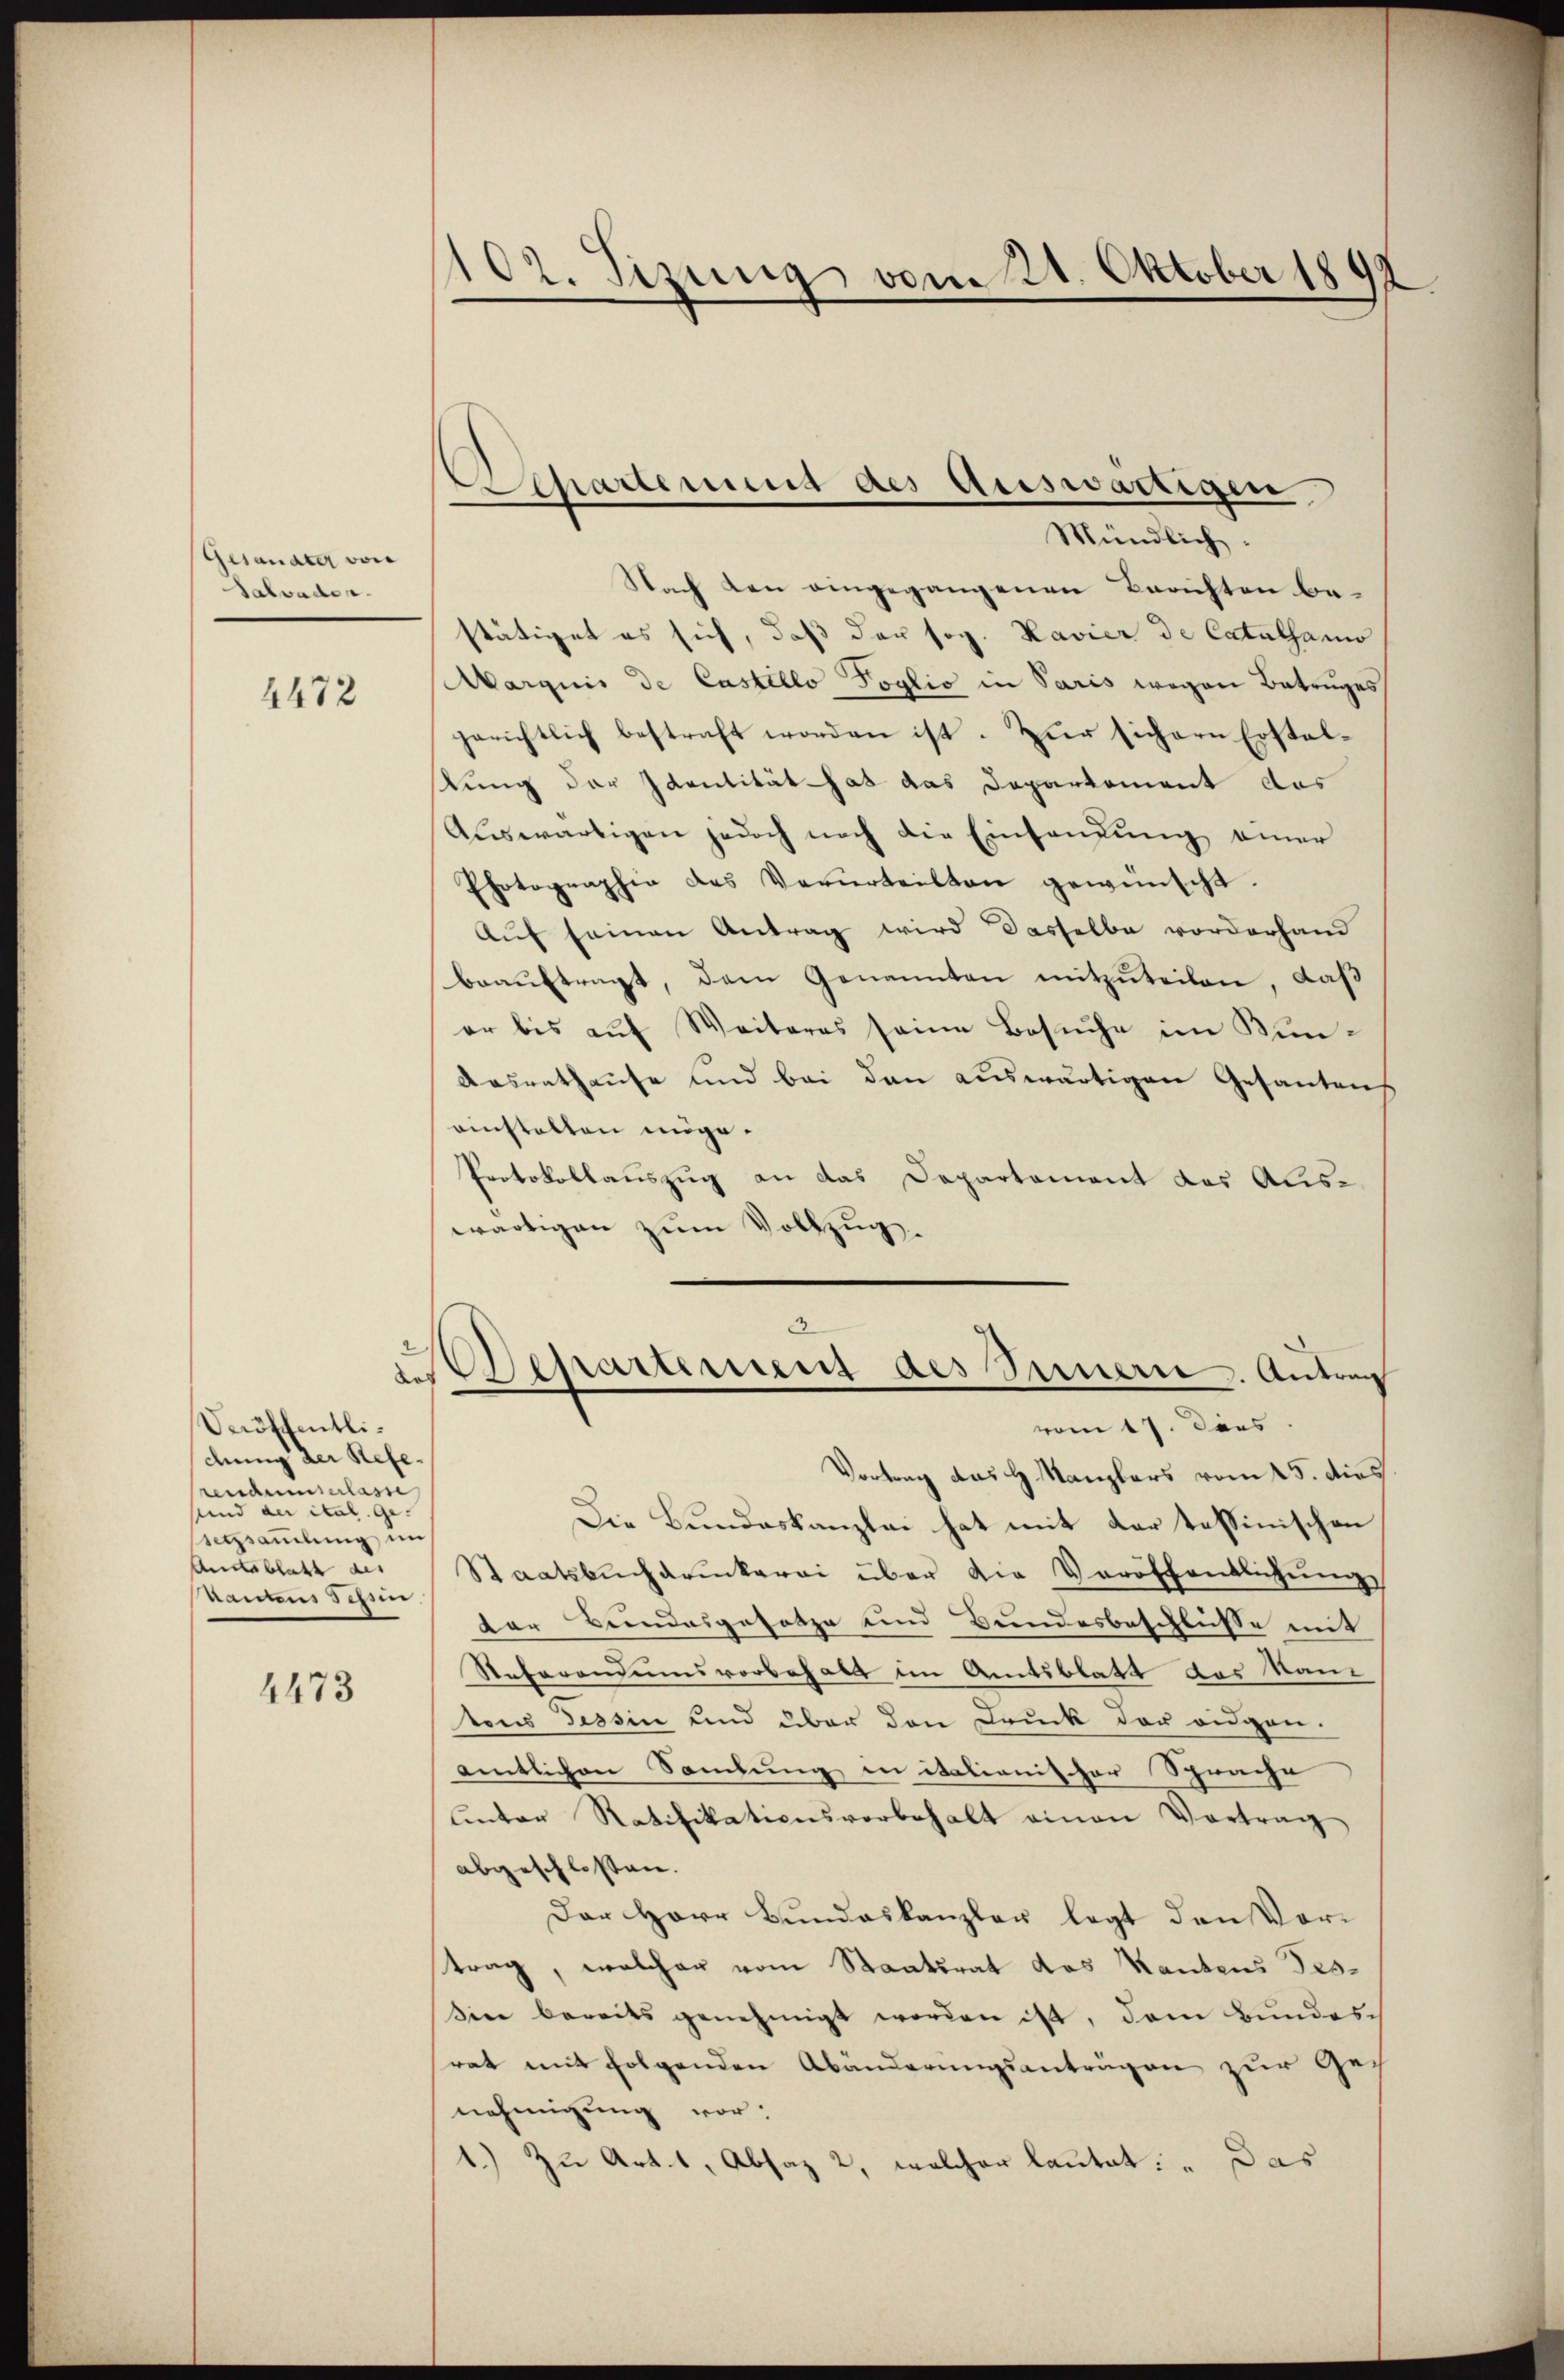
Gesandter von
Salvaden.

4472

Veröffentlichung der Referendumserlasse
und der ital. gessammlung, im
andtsblatt des
hauten Schin

4473

102. Sizung vom 21. Oktober 1892

Achartement des Auswärtigen

Mündlich.
Nach den eingegangenen Berichten bestätiget es sich, daß der sog. Havier de Catalsami
Marquis de Castello Foglio in Paris wegen Betruges
gerichtlich bestraft worden ist. Zŭr sichern Erstel-
lung der Identität hat das Departement das
Auswärtigen jedoch noch die Einsamung einer
Photographia das Verurteilten gewünscht.
Auf seinen Antrag wird dasselbe vorderhand
beaŭftragt, dem Genannten mitzuteilen, daß
er bis aŭf Weiteres seine Besŭche im Bun¬
Aasrathause und bei den auswärtigen Gesantens
anstalten möge.
Protokollauszug an das Departement das Alis-
wärtigen zum Vollzug.
Departement des Innern. Antrag
vom 17. Dies
Vortrag des H. Kanzlers vom 15. dies.
Die Bundeskanzlei hat mit der tessinischen
Staatsbuchdruckerei über die Veröffentlichung
der Bundesgesetze und Bundesbeschlüsse mit
Referandumsvorbehalt im Amtsblatt des Ran
tous Tessin und über den Druck der eidgen.
amtlichen Samlung in italionischer Sprache
unter Ratifikationsvorbehalt einen Vortrag
abgeschlossen.
Der Herr Bundeskanzler legt den Vortrag, welcher vom Staatsrat das Kantons Tes-
sine bereits genehmigt worden ist, dem Bundesrat mit folgenden Abänderungsanträgen zur Genehmigung vor:
.) Zu Art. 1, Absaz 2, welcher lautet: „Das